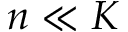
n \ll K